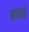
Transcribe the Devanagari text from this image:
कपकई